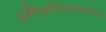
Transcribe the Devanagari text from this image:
पूर्वेभिर्ऋषिभिरीडयोनूतनैरुत